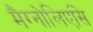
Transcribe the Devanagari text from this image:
मैग्नोलिएसि